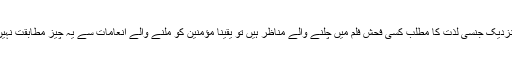
جن کے نزدیک جنسی لذت کا مطلب کسی فحش فلم میں چلنے والے مناظر ہیں تو یقیناً مؤمنین کو ملنے والے انعامات سے یہ چیز مطابقت نہیں رکھتی۔